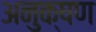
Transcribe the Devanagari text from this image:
अनुक्षण